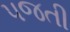
પજતી